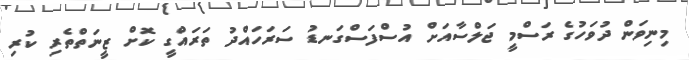
މިނިވަން ދުވަހުގެ ރަސްމީ ޖަލްސާއަށް އުސްފަސްގަނޑު ސަރަހައްދު ތަރައްގީ ކޮށް ޒީނަތްތެރި ކުރި